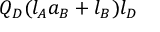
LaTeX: Q _ { D } ( l _ { A } a _ { B } + l _ { B } ) l _ { D }